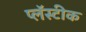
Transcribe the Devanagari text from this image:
प्लॅस्टीक